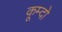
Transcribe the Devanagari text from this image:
कूम्दो